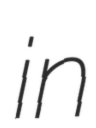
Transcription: in